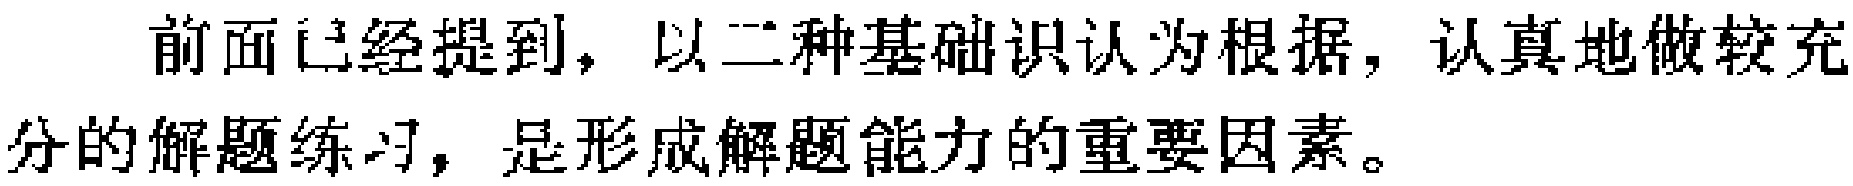
前面已经提到，以二种基础识认为根据，认真地做较充分的解题练习，是形成解题能力的重要因素。